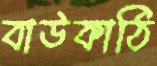
বাউকাঠি